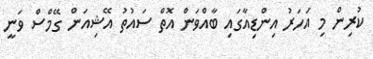
ކުރިން މި އަހަރު އިންޑިއާގައި ބާއްވަން އޮތް ސައުތު އޭޝިއަން ގޭމްސް ވަނީ